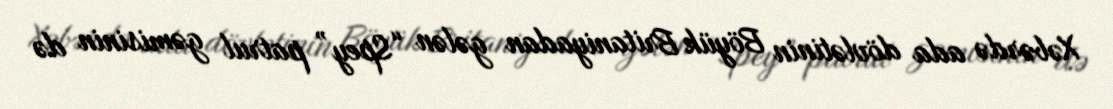
Xəbərdə ada dövlətinin Böyük Britaniyadan gələn “Spey” patrul gəmisinin də